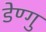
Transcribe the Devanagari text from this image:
डेण्गु